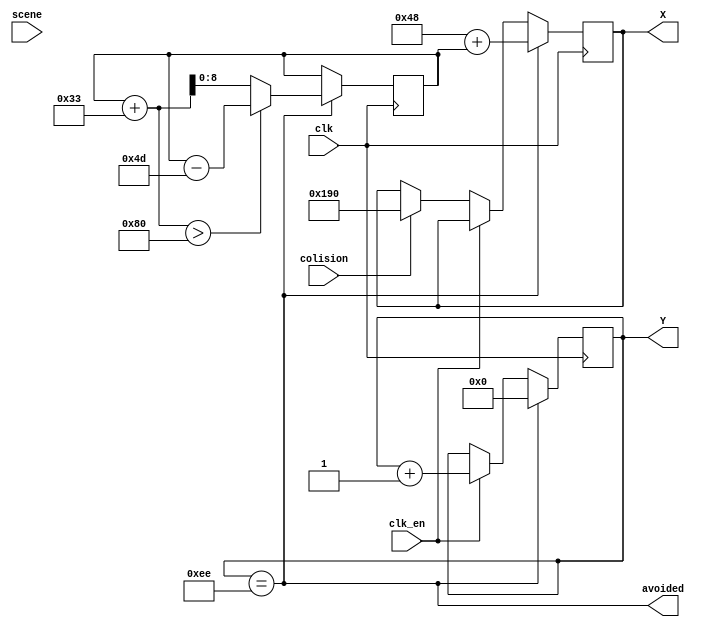
module ennemy(
	      input 	   clk,
	      input 	   clk_en,
	      input 	   colision,
	      input [1:0]  scene,
	      output [8:0] X,
	      output [8:0] Y,
	      output avoided
	      );

   reg [8:0] 		   X_reg=130;
   reg [8:0] 		   Y_reg=190;
   reg [8:0] 		   k=0;

   always@(posedge clk)
     begin
	
	if(Y_reg==238)
	  begin
	     Y_reg<=0;
	     X_reg<=72+k;
	     if(k+51>128)k<=k-77;
	     else k<=k+51;
	  end
	else if(clk_en)//clk/700000
	  begin
	     Y_reg<=Y_reg+1; 
	  end // if (clk_en)
	else if(colision) X_reg<=400;
	
     end // always@ (posedge clk)
   
   assign X=X_reg;
   assign Y=Y_reg;
   assign avoided=Y_reg==238;
   
endmodule // ennemy